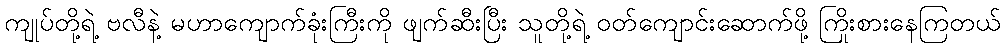
ကျုပ်တို့ရဲ့ ဗလီနဲ့ မဟာကျောက်ခုံးကြီးကို ဖျက်ဆီးပြီး သူတို့ရဲ့ ဝတ်ကျောင်းဆောက်ဖို့ ကြိုးစားနေကြတယ်